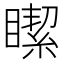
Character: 𥊯